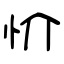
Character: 忦